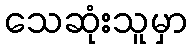
သေဆုံးသူမှာ